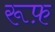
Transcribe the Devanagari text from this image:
रूफ़